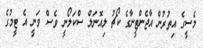
މެސީގެ އިތުރުން އާޖެންޓީނާގެ ކޯޗު ލިއޮނަލް ސްކަލޯނީ ވެސް ވަނީ އެ ޓީމުގެ